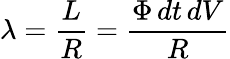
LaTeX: \lambda={\frac{L}{R}}={\frac{\Phi\, dt\, dV}{R}}